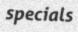
specials